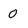
Character: O